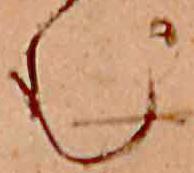
む